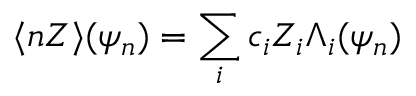
\langle n Z \rangle ( \psi _ { n } ) = \sum _ { i } c _ { i } Z _ { i } \Lambda _ { i } ( \psi _ { n } )